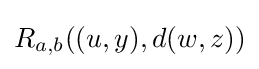
R_{a,b}((u,y),d(w,z))